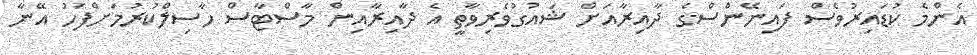
އެންމެ ކުޑައިރުވެސް ފައިނޭންސްގެ ދާއިރާއަށް ޝައުގުވެރިވާތީ އެ ދާއިރާއިން މާސްޓާސް ހާސިލްކުރުމަށްފަހު އޭނާ